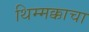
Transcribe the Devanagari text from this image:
थिम्मक्काचा